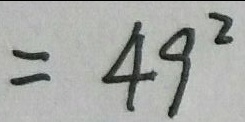
= 4 9 ^ { 2 }